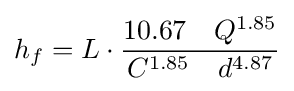
h_{f}=L\cdot {\frac {10.67\quad Q^{1.85}}{C^{1.85}\quad d^{4.87}}}